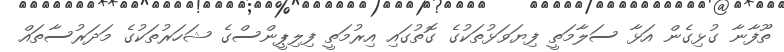
ތޫފާނާ ގުޅިގެން އަޅާ ސަލާމަތީ ފިޔަވަޅުތަކުގެ ގޮތުގައި އިރުމަތީ ފިލިޕީންސްގެ ޝަހަރުތަކުގެ މަދަރުސާތައް